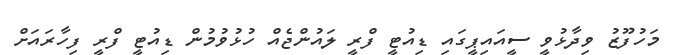
މަހުފޫޒު ވިދާޅުވީ ސީއައިޕީގައި ޑިއުޓީ ފްރީ ލައުންޖެއް ހުޅުވުމުން ޑިއުޓީ ފްރީ ފިހާރައަށް